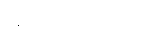
ကုသလကိရိယာ